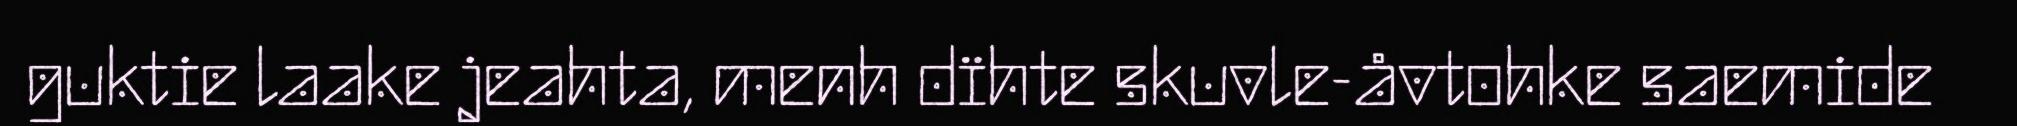
guktie laake jeahta, menh dïhte skuvle-åvtohke saemide